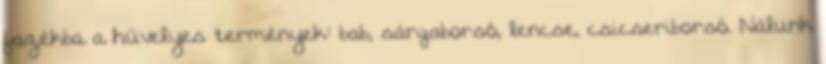
fazékba a hüvelyes termények: bab, sárgaborsó, lencse, csicseriborsó. Nálunk